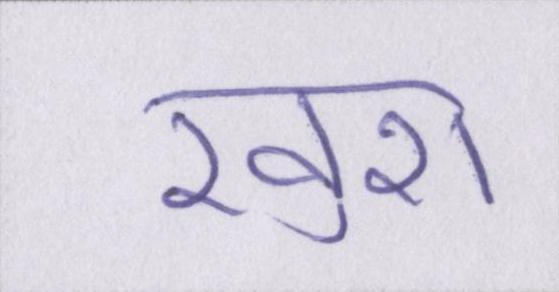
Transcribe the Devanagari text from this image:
ख़ुश